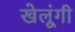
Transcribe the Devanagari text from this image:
खेलूंगी